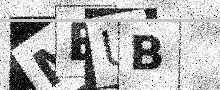
Text: MEUB